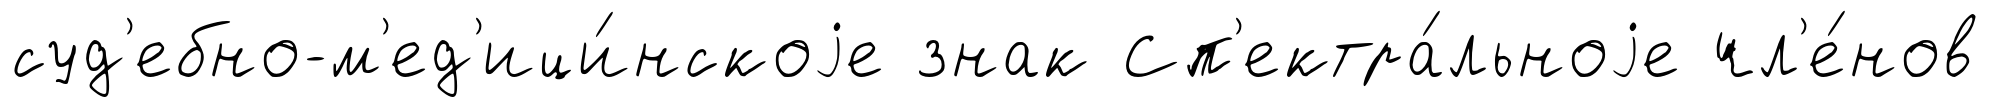
суд'ебно-м'ед'ици́нскоjе знак Сп'ектра́льноjе чл'е́нов